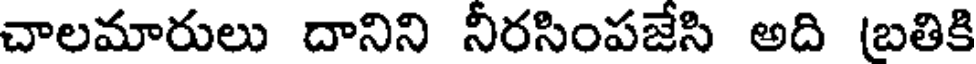
చాలమారులు దానిని నీరసింపజేసి అది (బతికి